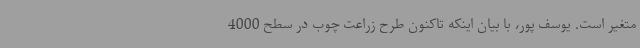
متغیر است. یوسف پور، با بیان اینکه تاکنون طرح زراعت چوب در سطح 4000